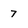
Character: 7